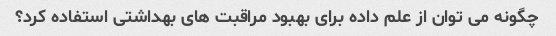
چگونه می توان از علم داده برای بهبود مراقبت های بهداشتی استفاده کرد؟